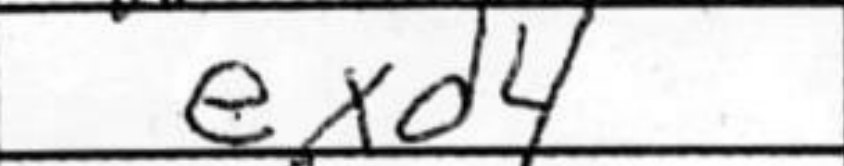
Transcription: exd4